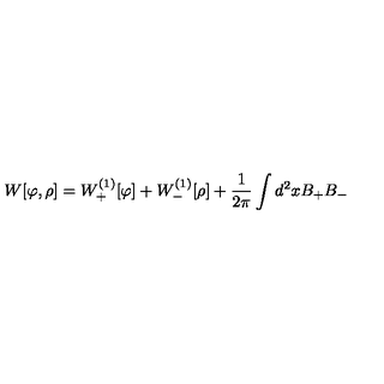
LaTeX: W [ \varphi , \rho ] = W _ { + } ^ { ( 1 ) } [ \varphi ] + W _ { - } ^ { ( 1 ) } [ \rho ] + { \frac { 1 } { 2 \pi } } \int d ^ { 2 } x B _ { + } B _ { - }